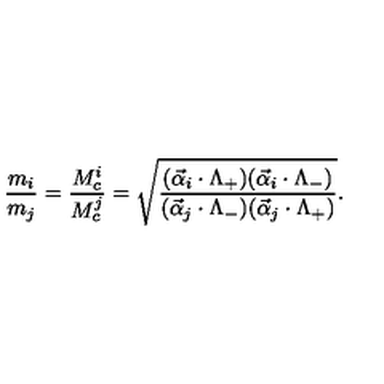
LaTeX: \frac { m _ { i } } { m _ { j } } = \frac { M _ { c } ^ { i } } { M _ { c } ^ { j } } = \sqrt { \frac { ( \vec { \alpha } _ { i } \cdot \Lambda _ { + } ) ( \vec { \alpha } _ { i } \cdot \Lambda _ { - } ) } { ( \vec { \alpha } _ { j } \cdot \Lambda _ { - } ) ( \vec { \alpha } _ { j } \cdot \Lambda _ { + } ) } } .